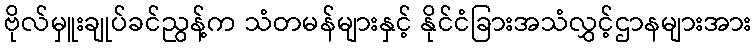
ဗိုလ်မှူးချုပ်ခင်ညွန့်က သံတမန်များနှင့် နိုင်ငံခြားအသံလွှင့်ဌာနများအား